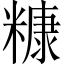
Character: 糠